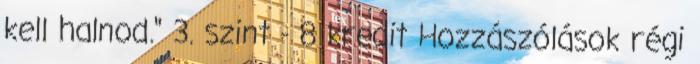
kell halnod." 3. szint - 8 kredit Hozzászólások régi